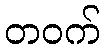
တဝက်